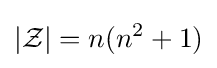
\vert {\mathcal {Z}}\vert =n(n^{2}+1)